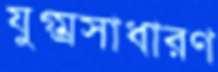
যুগ্ম্রসাধারণ